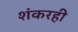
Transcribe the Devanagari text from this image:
शंकरही